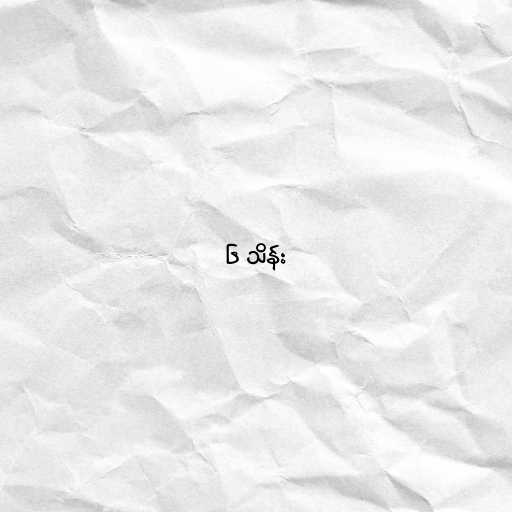
၆ သိန်း